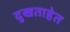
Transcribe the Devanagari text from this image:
दुखताहेत